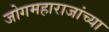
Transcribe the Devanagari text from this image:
जोगमहाराजांच्या